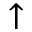
\uparrow